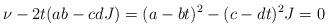
LaTeX: \begin{align*} \nu - 2t(ab-cdJ) = (a-bt)^2 - (c-dt)^2 J = 0\end{align*}